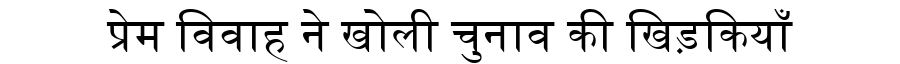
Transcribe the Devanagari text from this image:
प्रेम विवाह ने खोली चुनाव की खिड़कियाँ